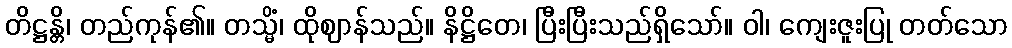
တိဋ္ဌန္တိ၊ တည်ကုန်၏။ တသ္မိံ၊ ထိုဈာန်သည်။ နိဋ္ဌိတေ၊ ပြီးပြီးသည်ရှိသော်။ ဝါ၊ ကျေးဇူးပြု တတ်သော